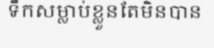
ទឹកសម្លាប់ខ្លួនតែមិនបាន